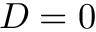
D = 0